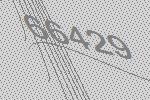
66429